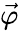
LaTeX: \vec{\varphi}